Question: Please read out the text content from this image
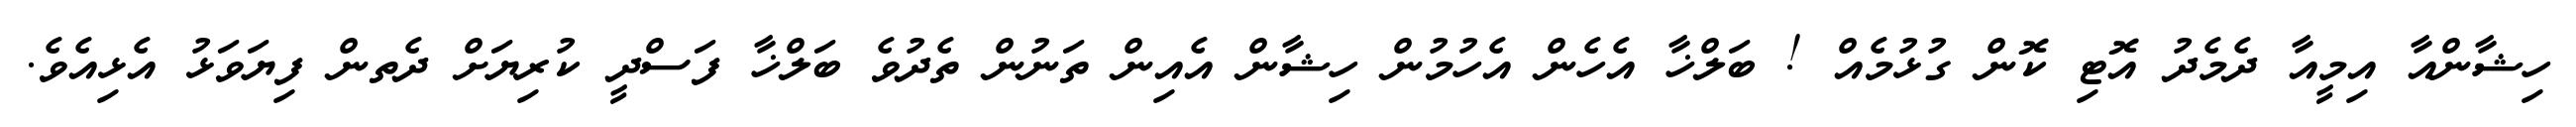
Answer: ހިޝާންއާ އިމީއާ ދެމެދު އޮޓި ކޮން ގުޅުމެއް ! ބަލްޚާ އެހެން އެހުމުން ހިޝާން އެއިން ތަނުން ތެދުވެ ބަލްޚާ ފަސްދީ ކުރިޔަށް ދެތން ފިޔަވަޅު އެޅިއެވެ.